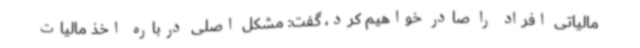
مالیاتی افراد را صادر خواهیم کرد، گفت: مشکل اصلی درباره اخذ مالیات